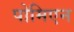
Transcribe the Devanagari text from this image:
पोमिएन